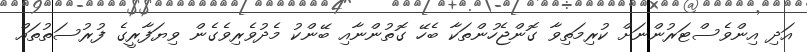
އަދި އިންވެސްޓަރުންނަށް ކުރިމަތިވާ ގޮންޖެހުންތަކާ ބެހޭ ގޮތުންނާއި ބޭންކު މެދުވެރިވެގެން ވިޔަފާރީގެ ފުރުސަތުތައް